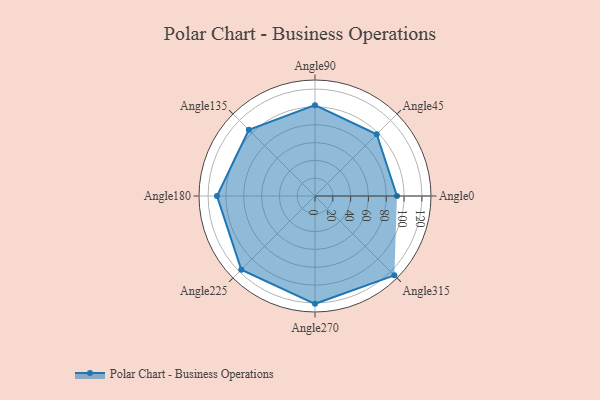
{"axis": {"x": "Angle", "y": "Radius"}, "legend": [""], "data": [{"x": "Angle0", "y": 92.0, "type": ""}, {"x": "Angle45", "y": 98.0, "type": ""}, {"x": "Angle90", "y": 102.0, "type": ""}, {"x": "Angle135", "y": 105.0, "type": ""}, {"x": "Angle180", "y": 110.0, "type": ""}, {"x": "Angle225", "y": 117.0, "type": ""}, {"x": "Angle270", "y": 121.0, "type": ""}, {"x": "Angle315", "y": 126.0, "type": ""}]}